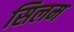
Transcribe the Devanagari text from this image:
सिलम